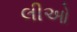
લીઓ